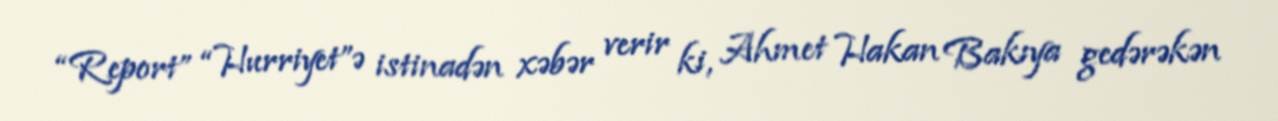
“Report” “Hurriyet”ə istinadən xəbər verir ki, Ahmet Hakan Bakıya gedərəkən